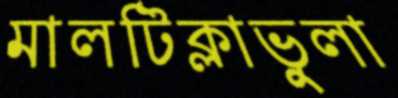
মালটিক্লাভুলা